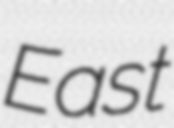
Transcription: East